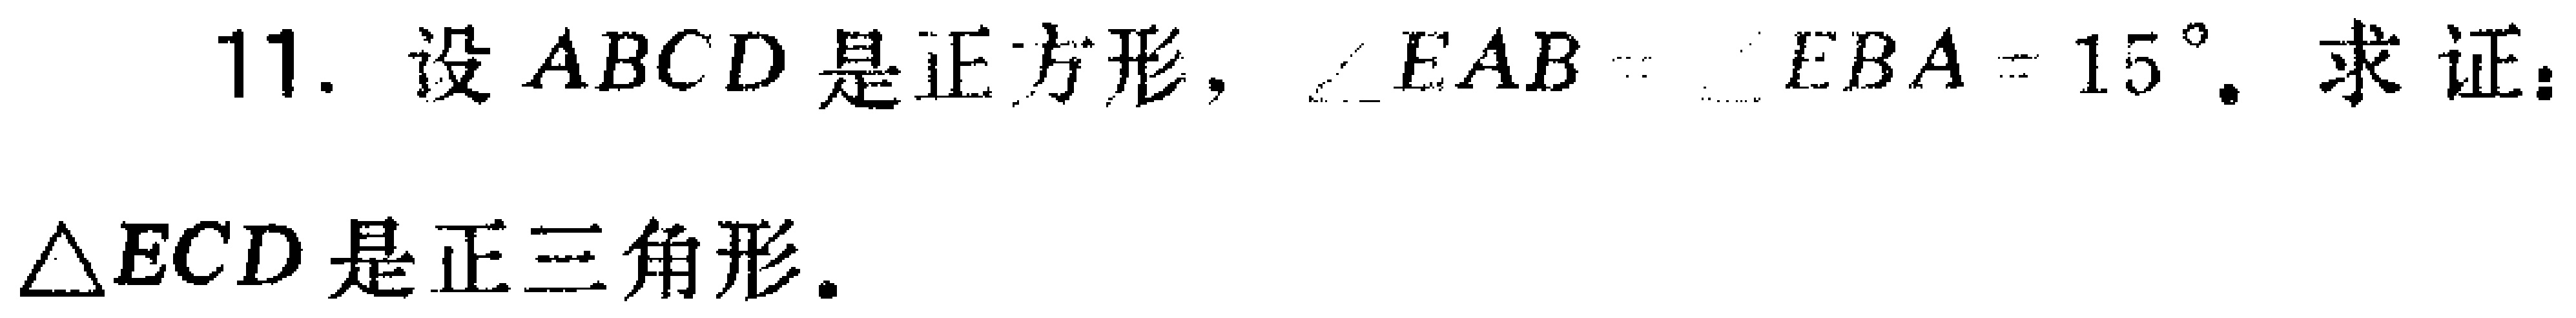
11. 设 \(ABCD\) 是正方形，\(\angle EAB = \angle EBA = 15^{\circ}\). 求证：\(\triangle ECD\) 是正三角形.